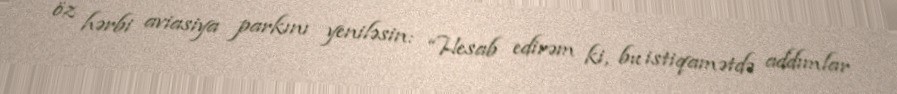
öz hərbi aviasiya parkını yeniləsin: “Hesab edirəm ki, bu istiqamətdə addımlar